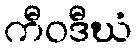
ကီဝဒီဃံ